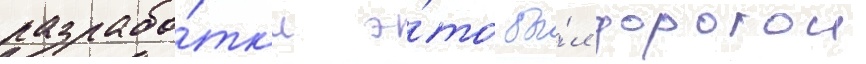
разрабо́тк'и э́то бы́л дорогои